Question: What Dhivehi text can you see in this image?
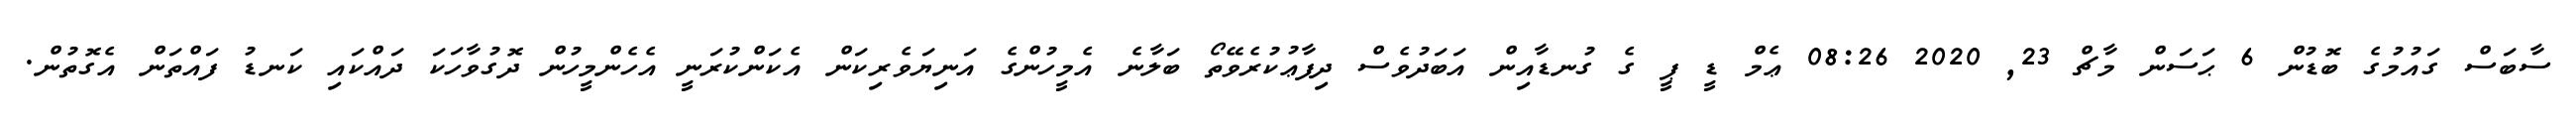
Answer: ސާބަސް ގައުމުގެ ބޮޑުން 6 ޙަސަން މާޗް 23, 2020 08:26 ޢެމް ޑީ ޕީ ގެ ގުނޑާއިން އަބަދުވެސް ދިފާޢުކުރެވޭތޯ ބަލާނެ އެމީހުންގެ އަނިޔަވެރިކަން އެކަންކުރަނީ އެހެންމީހުން ދޮގުވާހަކަ ދައްކައި ކަނޑު ފައްތަން އެގޮތުން.